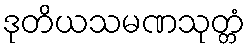
ဒုတိယသမဏသုတ္တံ